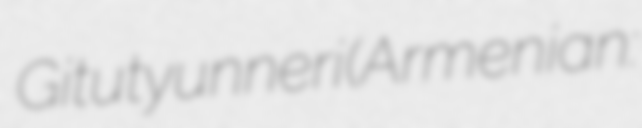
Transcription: Gitutyunneri (Armenian: